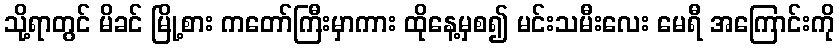
သို့ရာတွင် မိခင် မြို့စား ကတော်ကြီးမှာကား ထိုနေ့မှစ၍ မင်းသမီးလေး မေရီ အကြောင်းကို